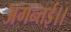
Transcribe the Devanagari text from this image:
अगन्‍तई।।